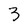
Character: 3